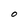
Character: O